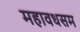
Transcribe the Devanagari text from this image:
महावधसम